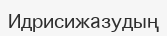
Идрисижазудың